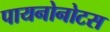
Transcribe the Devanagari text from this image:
पायनोनोटस